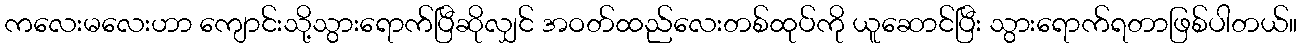
ကလေးမလေးဟာ ကျောင်းသို့သွားရောက်ပြီဆိုလျှင် အဝတ်ထည်လေးတစ်ထုပ်ကို ယူဆောင်ပြီး သွားရောက်ရတာဖြစ်ပါတယ်။